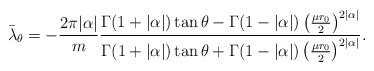
\begin{align*}\bar{\lambda}_{\theta}=-\frac{2\pi|\alpha|}{m}\frac{\Gamma(1+|\alpha|)\tan\theta-\Gamma(1-|\alpha|)\left(\frac{\mu r_0 }{2}\right)^{2|\alpha|}}{\Gamma(1+|\alpha|)\tan\theta+\Gamma(1-|\alpha|)\left(\frac{\mu r_0 }{2}\right)^{2|\alpha|}}.\end{align*}